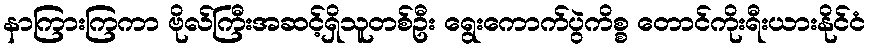
နာကြားကြကာ ဗိုလ်ကြီးအဆင့်ရှိသူတစ်ဦး ရွေးကောက်ပွဲကိစ္စ တောင်ကိုးရီးယားနိုင်ငံ